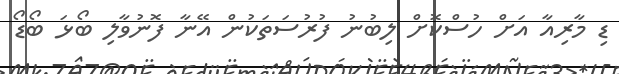
ޑި މާރިއާ އަށް ހުސްކޮށް ލިބުނު ފުރުސަތަކުން އޭނާ ފޮނުވާލި ބޯޅަ ބޯޑޯ